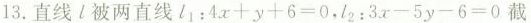
13.直线l被两直线l_{1}: $$4 x + y + 6 = 0$$,l_{2}:$$3 x - 5 y - 6 = 0$$ 截